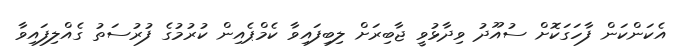
އެކަންކަން ފާހަގަކޮށް ސުއޫދު ވިދާޅުވީ ޖާބިރަށް ލިބިފައިވާ ކެމްޕެއިން ކުރުމުގެ ފުރުސަތު ގެއްލިފައިވާ